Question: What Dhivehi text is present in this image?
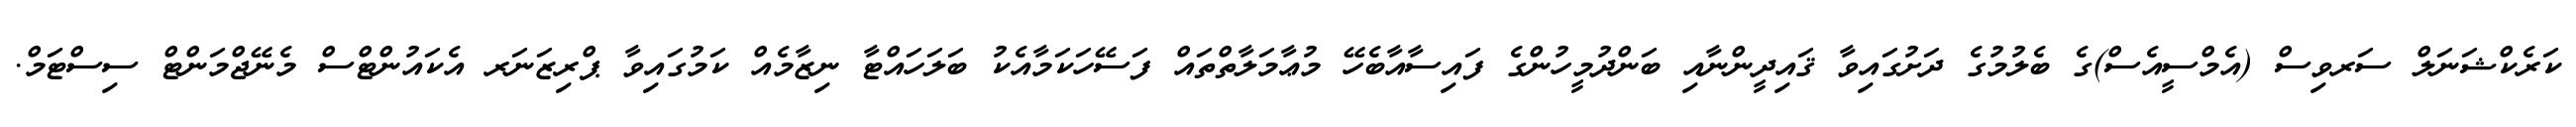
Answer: ކަރެކްޝަނަލް ސަރވިސް (އެމްސީއެސް)ގެ ބެލުމުގެ ދަށުގައިވާ ޤައިދީންނާއި ބަންދުމީހުންގެ ފައިސާއާބެހޭ މުޢާމަލާތްތައް ފަސޭހަކަމާއެކު ބަލަހައްޓާ ނިޒާމެއް ކަމުގައިވާ ޕްރިޒަނަރ އެކައުންޓްސް މެނޭޖްމަންޓް ސިސްޓަމް.